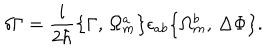
\delta \Gamma = \frac { i } { 2 \hbar } \bigl \{ \Gamma , \, \Omega _ { m } ^ { a } \bigr \} \epsilon _ { a b } \bigl \{ \Omega _ { m } ^ { b } , \, \Delta \Phi \bigr \} .